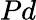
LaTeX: Pd